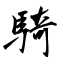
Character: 騎